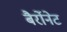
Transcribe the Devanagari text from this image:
बैर्रोनेट